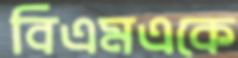
বিএমএকে